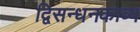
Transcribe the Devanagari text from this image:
द्विसन्धनकाव्य